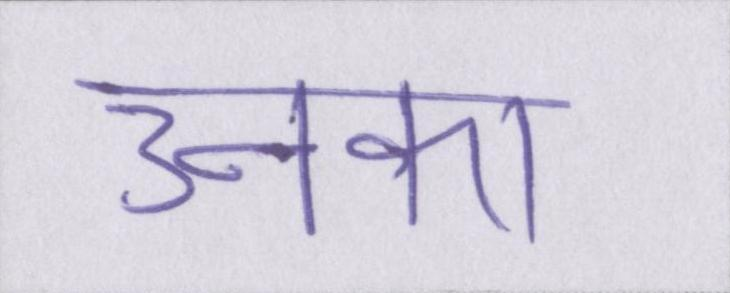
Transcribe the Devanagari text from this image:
उनका